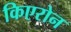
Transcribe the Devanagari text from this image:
किएरोन